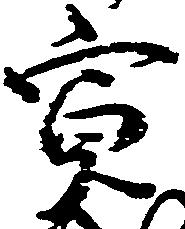
寛